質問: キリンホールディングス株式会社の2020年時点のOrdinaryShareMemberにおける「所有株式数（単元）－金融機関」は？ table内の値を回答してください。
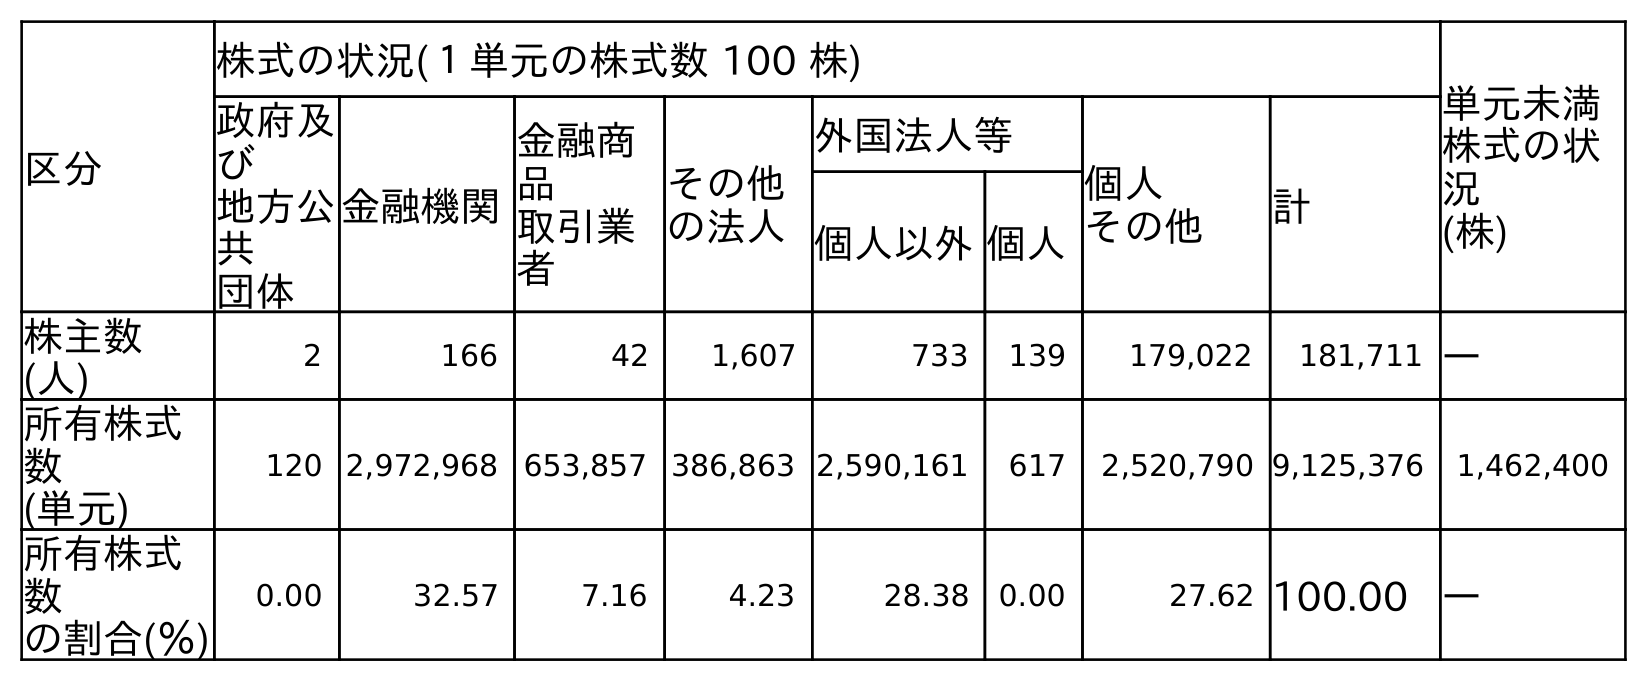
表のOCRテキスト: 区分 株式の状況(１単元の株式数 100 株) 単元未満 株式の状 況 (株) 政府及 び 地方公 共 団体 金融機関 金融商 品 取引業 者 その他 の法人 外国法人等 個人 その他 計 個人以外個人 株主数 (人) 2 166 42 1,607 733 139 179,022 181,711 ― 所有株式 数 (単元) 120 2,972,968 653,857 386,863 2,590,161 617 2,520,790 9,125,376 1,462,400 所有株式 数 の割合(％) 0.00 32.57 7.16 4.23 28.38 0.00 27.62 100.00 ―
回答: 2,972,968